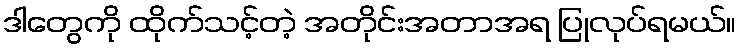
ဒါတွေကို ထိုက်သင့်တဲ့ အတိုင်းအတာအရ ပြုလုပ်ရမယ်။